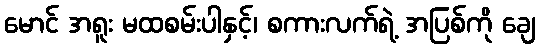
မောင် အရူး မထစမ်းပါနှင့်၊ စကားလက်ရဲ့ အပြစ်ကို ချေ